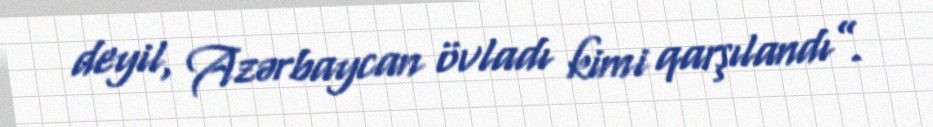
deyil, Azərbaycan övladı kimi qarşılandı”.